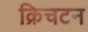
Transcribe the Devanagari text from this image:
क्रिचटन